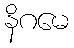
နိဂမေ